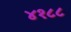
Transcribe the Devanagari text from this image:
४१८८